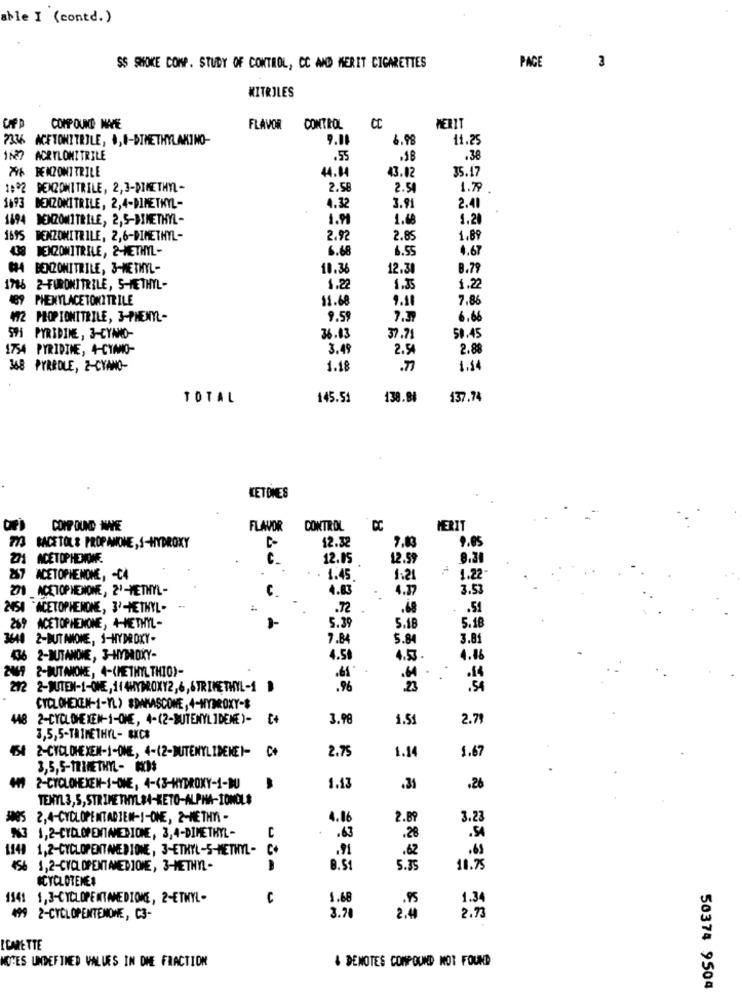
able I (contd.)
PAGE
SS SMOKE COMP. STUDY OF CONTROL, CC AND MERIT CIGARETTES
3
MITRILES
COMP OUND MARE
FLAVOR
CONTROL
MERIT
7336 ACETONITRILE, ., I-DIMETHYLANIMO-
9.00
6.98
11.25
627 ACRYLONITRILE
.55
.38
79A RENZONITRILE
44.04
43.02
35.17
1992 BENZONITRILE, 2,3-DIMETHYL-
2.58
2.5
1.79
1693 BENZONITRILE, 2,4-DIMETHYL-
4.32
3.91
2.41
1894 DENZOMITRILE, 2,5-DIMETHYL-
1.91
1.48
1.20
1675 BENZONITRILE, 2,6-DIMETHYL-
2.92
2.85
1.89
DENZONITRILE, 2-METHYL-
6.68
6.55
4.67
GRA BENZONITRILE, 3-METHYL-
10.36
12.31
8.79
1706 2-FORDNITRILE, S-METHYL-
1.22
1.35
1.22
489 PHENYLACETONITRILE
11.68
9.11
7.86
472 PROPIONITRILE, 3-PHENYL-
9.5
7.37
6.66
571 PYRIDINE, 3-CYMO-
36.13
37.71
50.45
1754 PYRIDINE, 4-CYMNO-
3.49
2.54
2.8
368 PYRRDLE, 2-CYANO-
1.18
.77
1.54
TOTAL
145.51
138.88
137.74
LETDIES
Dri
COMP OUND WAVE
FLAVOR
CONTROL
CC
MERIT
12.32
7.83
9.05
m
RACETOL & PROPANONE ,S-HYDROXY
ACETOPHENONE
c.
12.05
12.59
8.30
27
ACETOPHENOME, - C4
1.45.
1.2
1.22
271 ACETOPHENONE, 2'-METHYL -
C.
4.83
4.37
3.53
2458 ACETOPHENONE, 3'-METHYL-
.72
.68
.51
269 ACETOPHENOME, 4-METHYL-
5.39
5.18
5.18
3648 2-BUT AMONE, 1-HYDROXY-
7.84
5.8
3.8
436 2-BUTANONE, 3-HYDROXY-
4.50
4.53 .
4.06
2-BUTANOKE, 4-(METHYL THIO)-
.6 -
.14
212
2-BUITEN-1-ONE, 11 4HYDROXY2,6, 6TRIMETHYL-1 .
.96
23
.54
CYCLOHEXEN-1-YL> #DAMASCONE, 4-HYDROXY-$
448 2-CYCLOHEXEN-1-ONE, 4-(2-BUTENYL ]DENE)-
3.98
1.5
2.79
3,5,5-TRIMETHYL - BKCE
2-CYCLOHEXEN-1-ONE, 4-(2-DUTENYLIDEME)-
2.75
1.14
1.67
3,5,5-TRIMETHYL- HO
2-CYCLOHEXEN-1-ONE, 4 -< 3-HYDROXY-1-DU
1.13
.35
.26
TENYL3,5,STRIMETHYL#A-KETO-ALPHA-TONOL#
2,4-CYCLOPENTADJEN-1-ONE, 2-METHY -
4.16
2.89
3.23
.63
.28
.54
%3 1,2-CYCLOPENTAMERIONE, 3,4-DIMETHYL-
C
1149 1,2-CYCLOPENTMEDIONE, 3-ETHYL-5-METHYL-
.91
.62
.69
456 1,2-CYCLOPENT AMEDIOME, 3-METHYL-
8.51
5.35
11.75
ICYCLOTENE#
1541 1,3-CYCLOPENTMEDIONE, 2-ETHYL-
1.68
.95
1.34
499 2-CYCLOPENTENONE, C3-
3.70
2.44
2.73
ICHRETTE
NOTES UNDEFTMED VALUES IN DHE FRACTION
4 DENOTES COMPOUND NOT FOUND
50374 9504